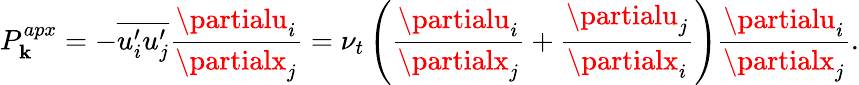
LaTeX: P_{\mathbf{k}}^{apx}=-\overline{{{u_{i}^{\prime}u_{j}^{\prime}}}}\frac{{\partialu_{i}}}{{\partialx_{j}}}=\nu_{t}\left(\frac{{\partialu_{i}}}{{\partialx_{j}}}+\frac{{\partialu_{j}}}{{\partialx_{i}}}\right)\frac{{\partialu_{i}}}{{\partialx_{j}}}.